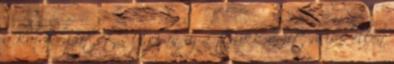
a kardforgatót. Ugyan az a trükk amit Riko ellen